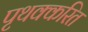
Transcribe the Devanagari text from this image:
पृथक्करित